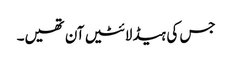
جس کی ہیڈ لائٹیں آن تھیں۔